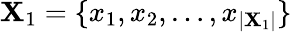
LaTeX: \mathbf{X}_{1}=\{ x_{1},x_{2},\ldots,x_{|\mathbf{X}_{1}|}\}